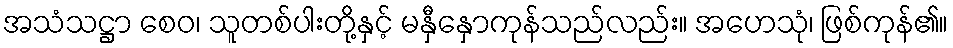
အသံသဋ္ဌာ စေဝ၊ သူတစ်ပါးတို့နှင့် မနှီနှောကုန်သည်လည်း။ အဟေသုံ၊ ဖြစ်ကုန်၏။